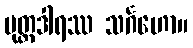
ပုတ္တဒါရဿ သင်္ဂဟော။